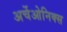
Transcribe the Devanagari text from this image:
अर्चेओनिक्स